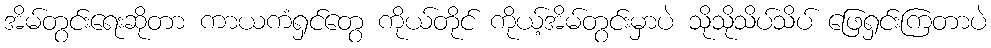
အိမ်တွင်းရေးဆိုတာ ကာယကံရှင်တွေ ကိုယ်တိုင် ကိုယ့်အိမ်တွင်းမှာပဲ သိုသိုသိပ်သိပ် ဖြေရှင်းကြတာပဲ